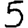
Digit: 5